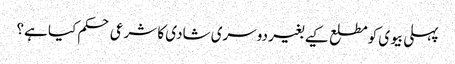
پہلی بیوی کو مطلع کیے بغیر دوسری شادی کا شرعی حکم کیا ہے؟